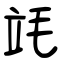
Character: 竓